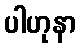
ပါဟုနာ